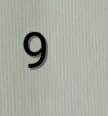
9